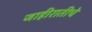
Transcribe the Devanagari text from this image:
जाहीरातीचे